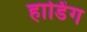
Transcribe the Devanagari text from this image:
हाडिंग